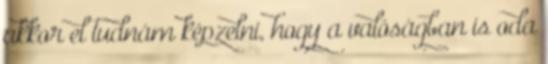
akkor el tudnám képzelni, hogy a valóságban is oda